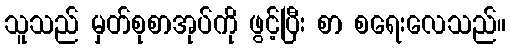
သူသည် မှတ်စုစာအုပ်ကို ဖွင့်ပြီး စာ စရေးလေသည်။